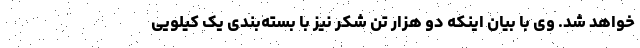
خواهد شد. وی با بیان اینکه دو هزار تن شکر نیز با بسته‌بندی یک کیلویی